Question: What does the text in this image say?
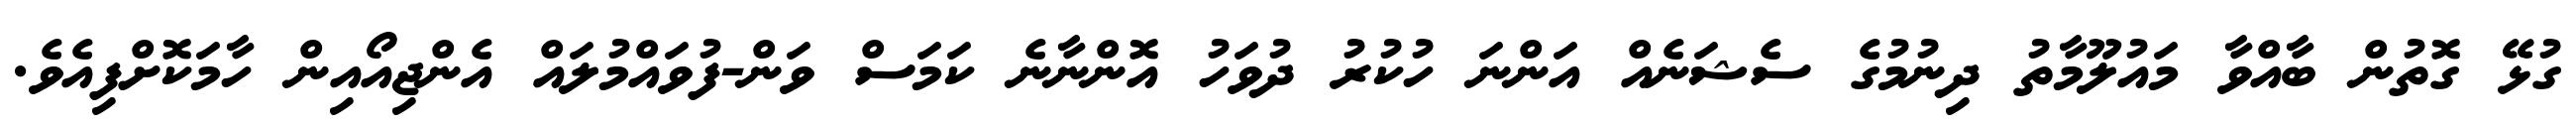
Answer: ގުޅޭ ގޮތުން ބާއްވާ މައުލޫމާތު ދިނުމުގެ ސެޝަނެއް އަންނަ ހުކުރު ދުވަހު އޮންނާނެ ކަމަސް ވަން-ފުވައްމުލައް އެންޖިއޯއިން ހާމަކޮށްފިއެވެ.